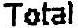
TOTAL